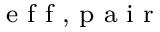
_ \textrm { e f f , p a i r }